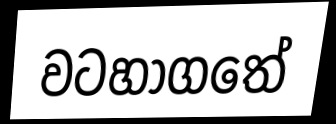
වටහාගතේ